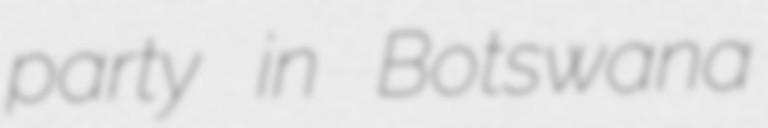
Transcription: party in Botswana